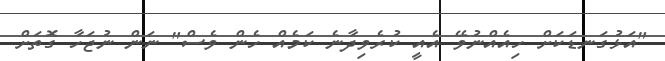
"އަޅުގަނޑަކަށް ހިއެއްނުވޭ އެއީ ކުރެވިދާނެ ކަމެއް ހެން ވެސް" ނަން ނުޖަހާ ގޮތަށް